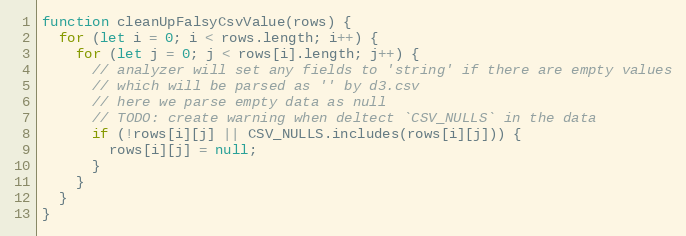
Language: JavaScript
function cleanUpFalsyCsvValue(rows) {
  for (let i = 0; i < rows.length; i++) {
    for (let j = 0; j < rows[i].length; j++) {
      // analyzer will set any fields to 'string' if there are empty values
      // which will be parsed as '' by d3.csv
      // here we parse empty data as null
      // TODO: create warning when deltect `CSV_NULLS` in the data
      if (!rows[i][j] || CSV_NULLS.includes(rows[i][j])) {
        rows[i][j] = null;
      }
    }
  }
}